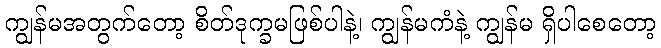
ကျွန်မအတွက်တော့ စိတ်ဒုက္ခမဖြစ်ပါနဲ့၊ ကျွန်မကံနဲ့ ကျွန်မ ရှိပါစေတော့